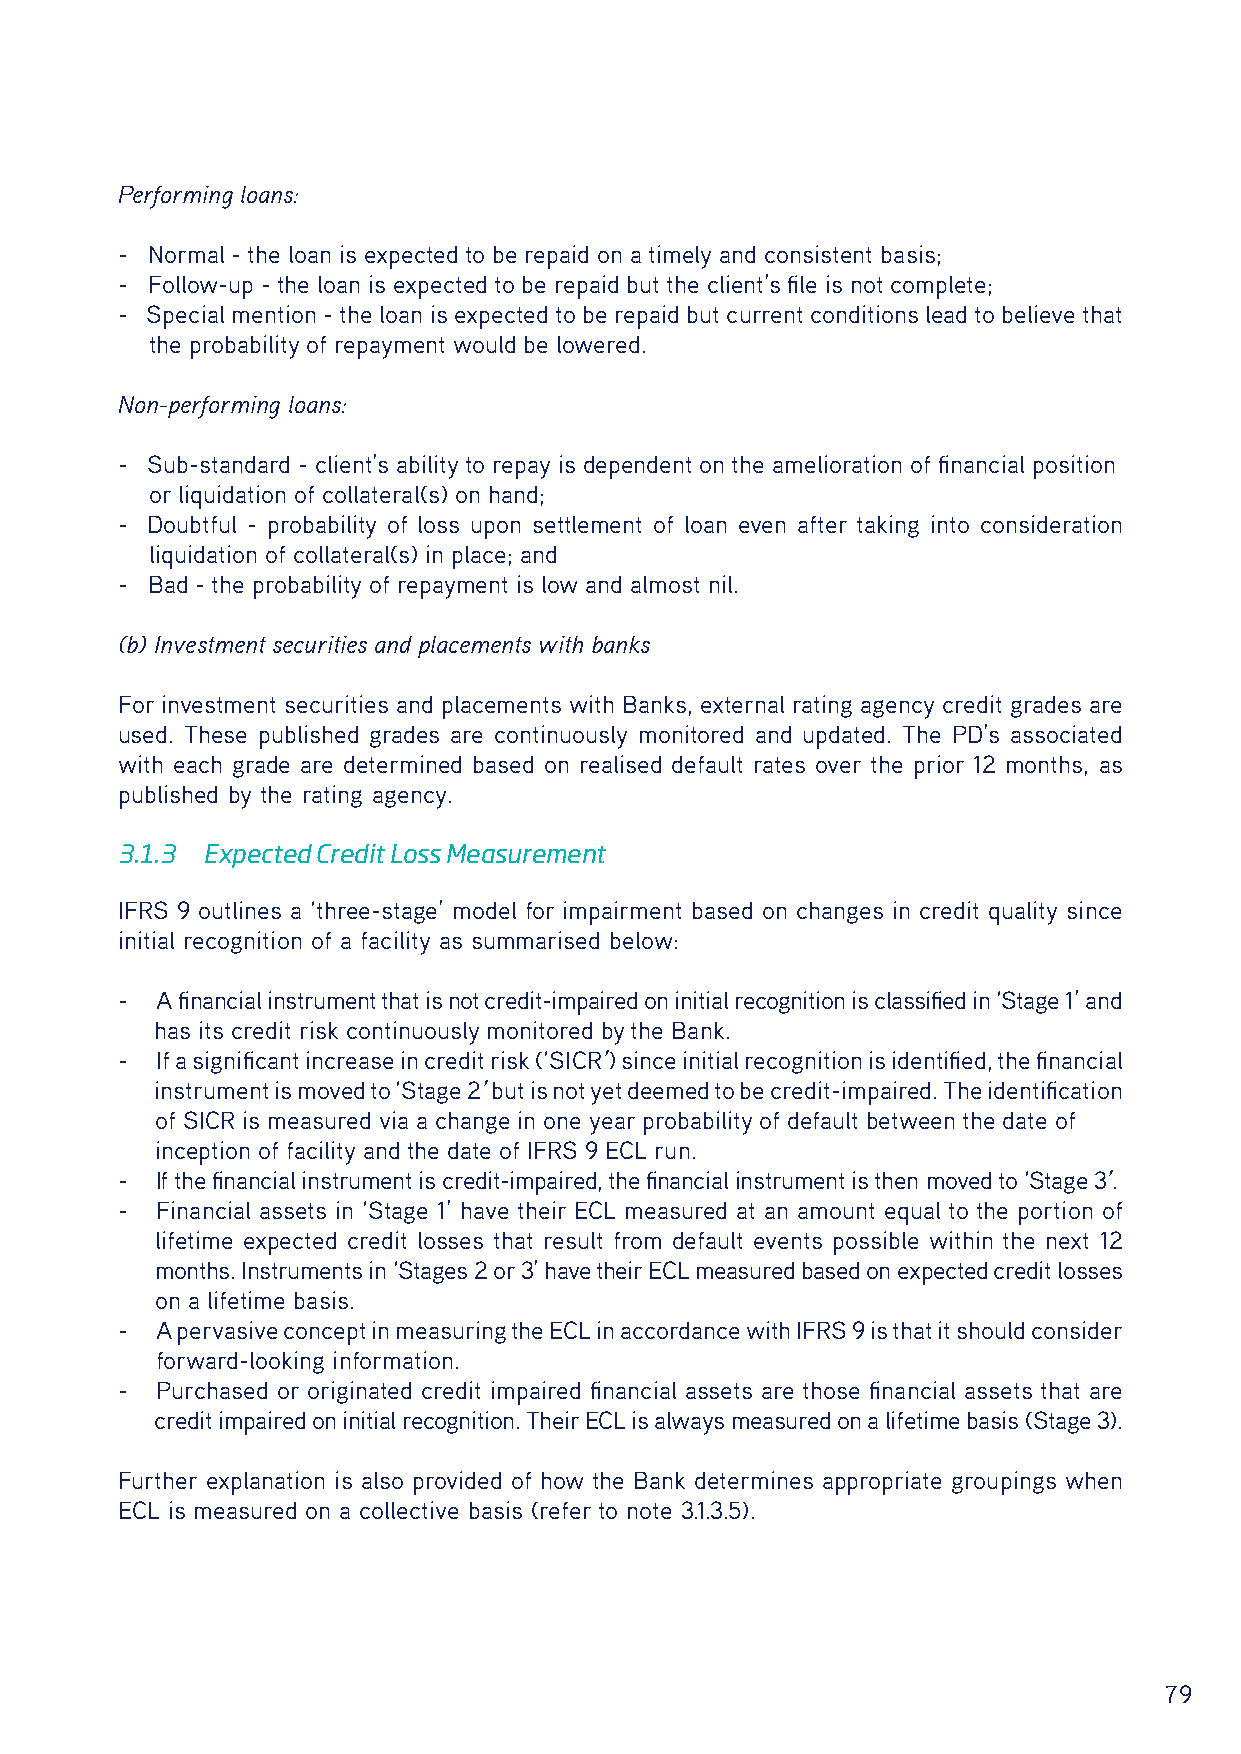
Performing loans:
 - Normal - the loan is expected to be repaid on a timely and consistent basis;
 - Follow-up - the loan is expected to be repaid but the client’s file is not complete;
 - Special mention - the loan is expected to be repaid but current conditions lead to believe that
 the probability of repayment would be lowered.
 Non-performing loans:
 - Sub-standard - client’s ability to repay is dependent on the amelioration of financial position
 or liquidation of collateral(s) on hand;
 - Doubtful - probability of loss upon settlement of loan even after taking into consideration
 liquidation of collateral(s) in place; and
 - Bad - the probability of repayment is low and almost nil.
 (b) Investment securities and placements with banks
 For investment securities and placements with Banks, external rating agency credit grades are
 used. These published grades are continuously monitored and updated. The PD’s associated
 with each grade are determined based on realised default rates over the prior 12 months, as
 published by the rating agency.
 3.1.3 Expected Credit Loss Measurement
 IFRS 9 outlines a ‘three-stage’ model for impairment based on changes in credit quality since
 initial recognition of a facility as summarised below:
 - A financial instrument that is not credit-impaired on initial recognition is classified in ‘Stage 1’ and
 has its credit risk continuously monitored by the Bank.
 - If a significant increase in credit risk (‘SICR’) since initial recognition is identified, the financial
 instrument is moved to ‘Stage 2’ but is not yet deemed to be credit-impaired. The identification
 of SICR is measured via a change in one year probability of default between the date of
 inception of facility and the date of IFRS 9 ECL run.
 - If the financial instrument is credit-impaired, the financial instrument is then moved to ‘Stage 3’.
 - Financial assets in ‘Stage 1’ have their ECL measured at an amount equal to the portion of
 lifetime expected credit losses that result from default events possible within the next 12
 months. Instruments in ‘Stages 2 or 3’ have their ECL measured based on expected credit losses
 on a lifetime basis.
 - A pervasive concept in measuring the ECL in accordance with IFRS 9 is that it should consider
 forward-looking information.
 - Purchased or originated credit impaired financial assets are those financial assets that are
 credit impaired on initial recognition. Their ECL is always measured on a lifetime basis (Stage 3).
 Further explanation is also provided of how the Bank determines appropriate groupings when
 ECL is measured on a collective basis (refer to note 3.1.3.5).
 79